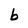
Character: b